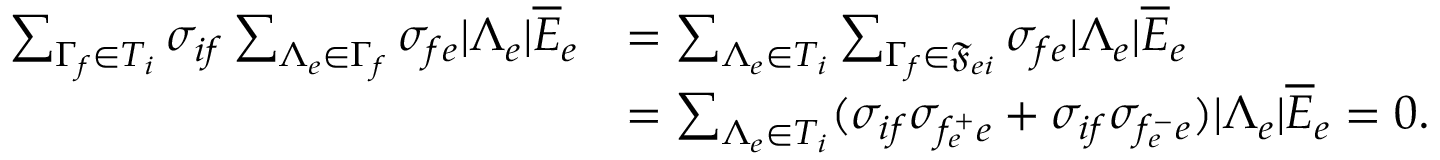
\begin{array} { r l } { \sum _ { \Gamma _ { f } \in T _ { i } } \sigma _ { i f } \sum _ { \Lambda _ { e } \in \Gamma _ { f } } \sigma _ { f e } \lvert \Lambda _ { e } \rvert \overline { { E } } _ { e } } & { = \sum _ { \Lambda _ { e } \in T _ { i } } \sum _ { \Gamma _ { f } \in \mathfrak { F } _ { e i } } \sigma _ { f e } \lvert \Lambda _ { e } \rvert \overline { { E } } _ { e } } \\ & { = \sum _ { \Lambda _ { e } \in T _ { i } } ( \sigma _ { i f } \sigma _ { f _ { e } ^ { + } e } + \sigma _ { i f } \sigma _ { f _ { e } ^ { - } e } ) \lvert \Lambda _ { e } \rvert \overline { { E } } _ { e } = 0 . } \end{array}